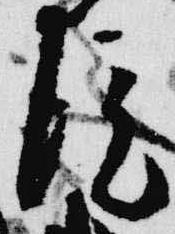
院